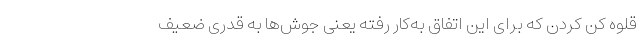
قلوه کن کردن که برای این اتفاق به‌کار رفته یعنی جوش‌ها به قدری ضعیف